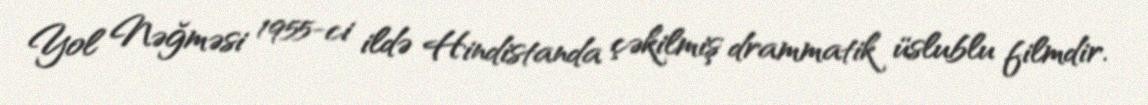
Yol Nəğməsi 1955-ci ildə Hindistanda çəkilmiş drammatik üslublu filmdir.